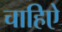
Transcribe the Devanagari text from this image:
चाहिऐ